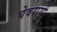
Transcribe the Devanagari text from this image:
घेवराणी